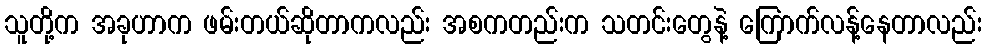
သူတို့က အခုဟာက ဖမ်းတယ်ဆိုတာကလည်း အစကတည်းက သတင်းတွေနဲ့ ကြောက်လန့်နေတာလည်း